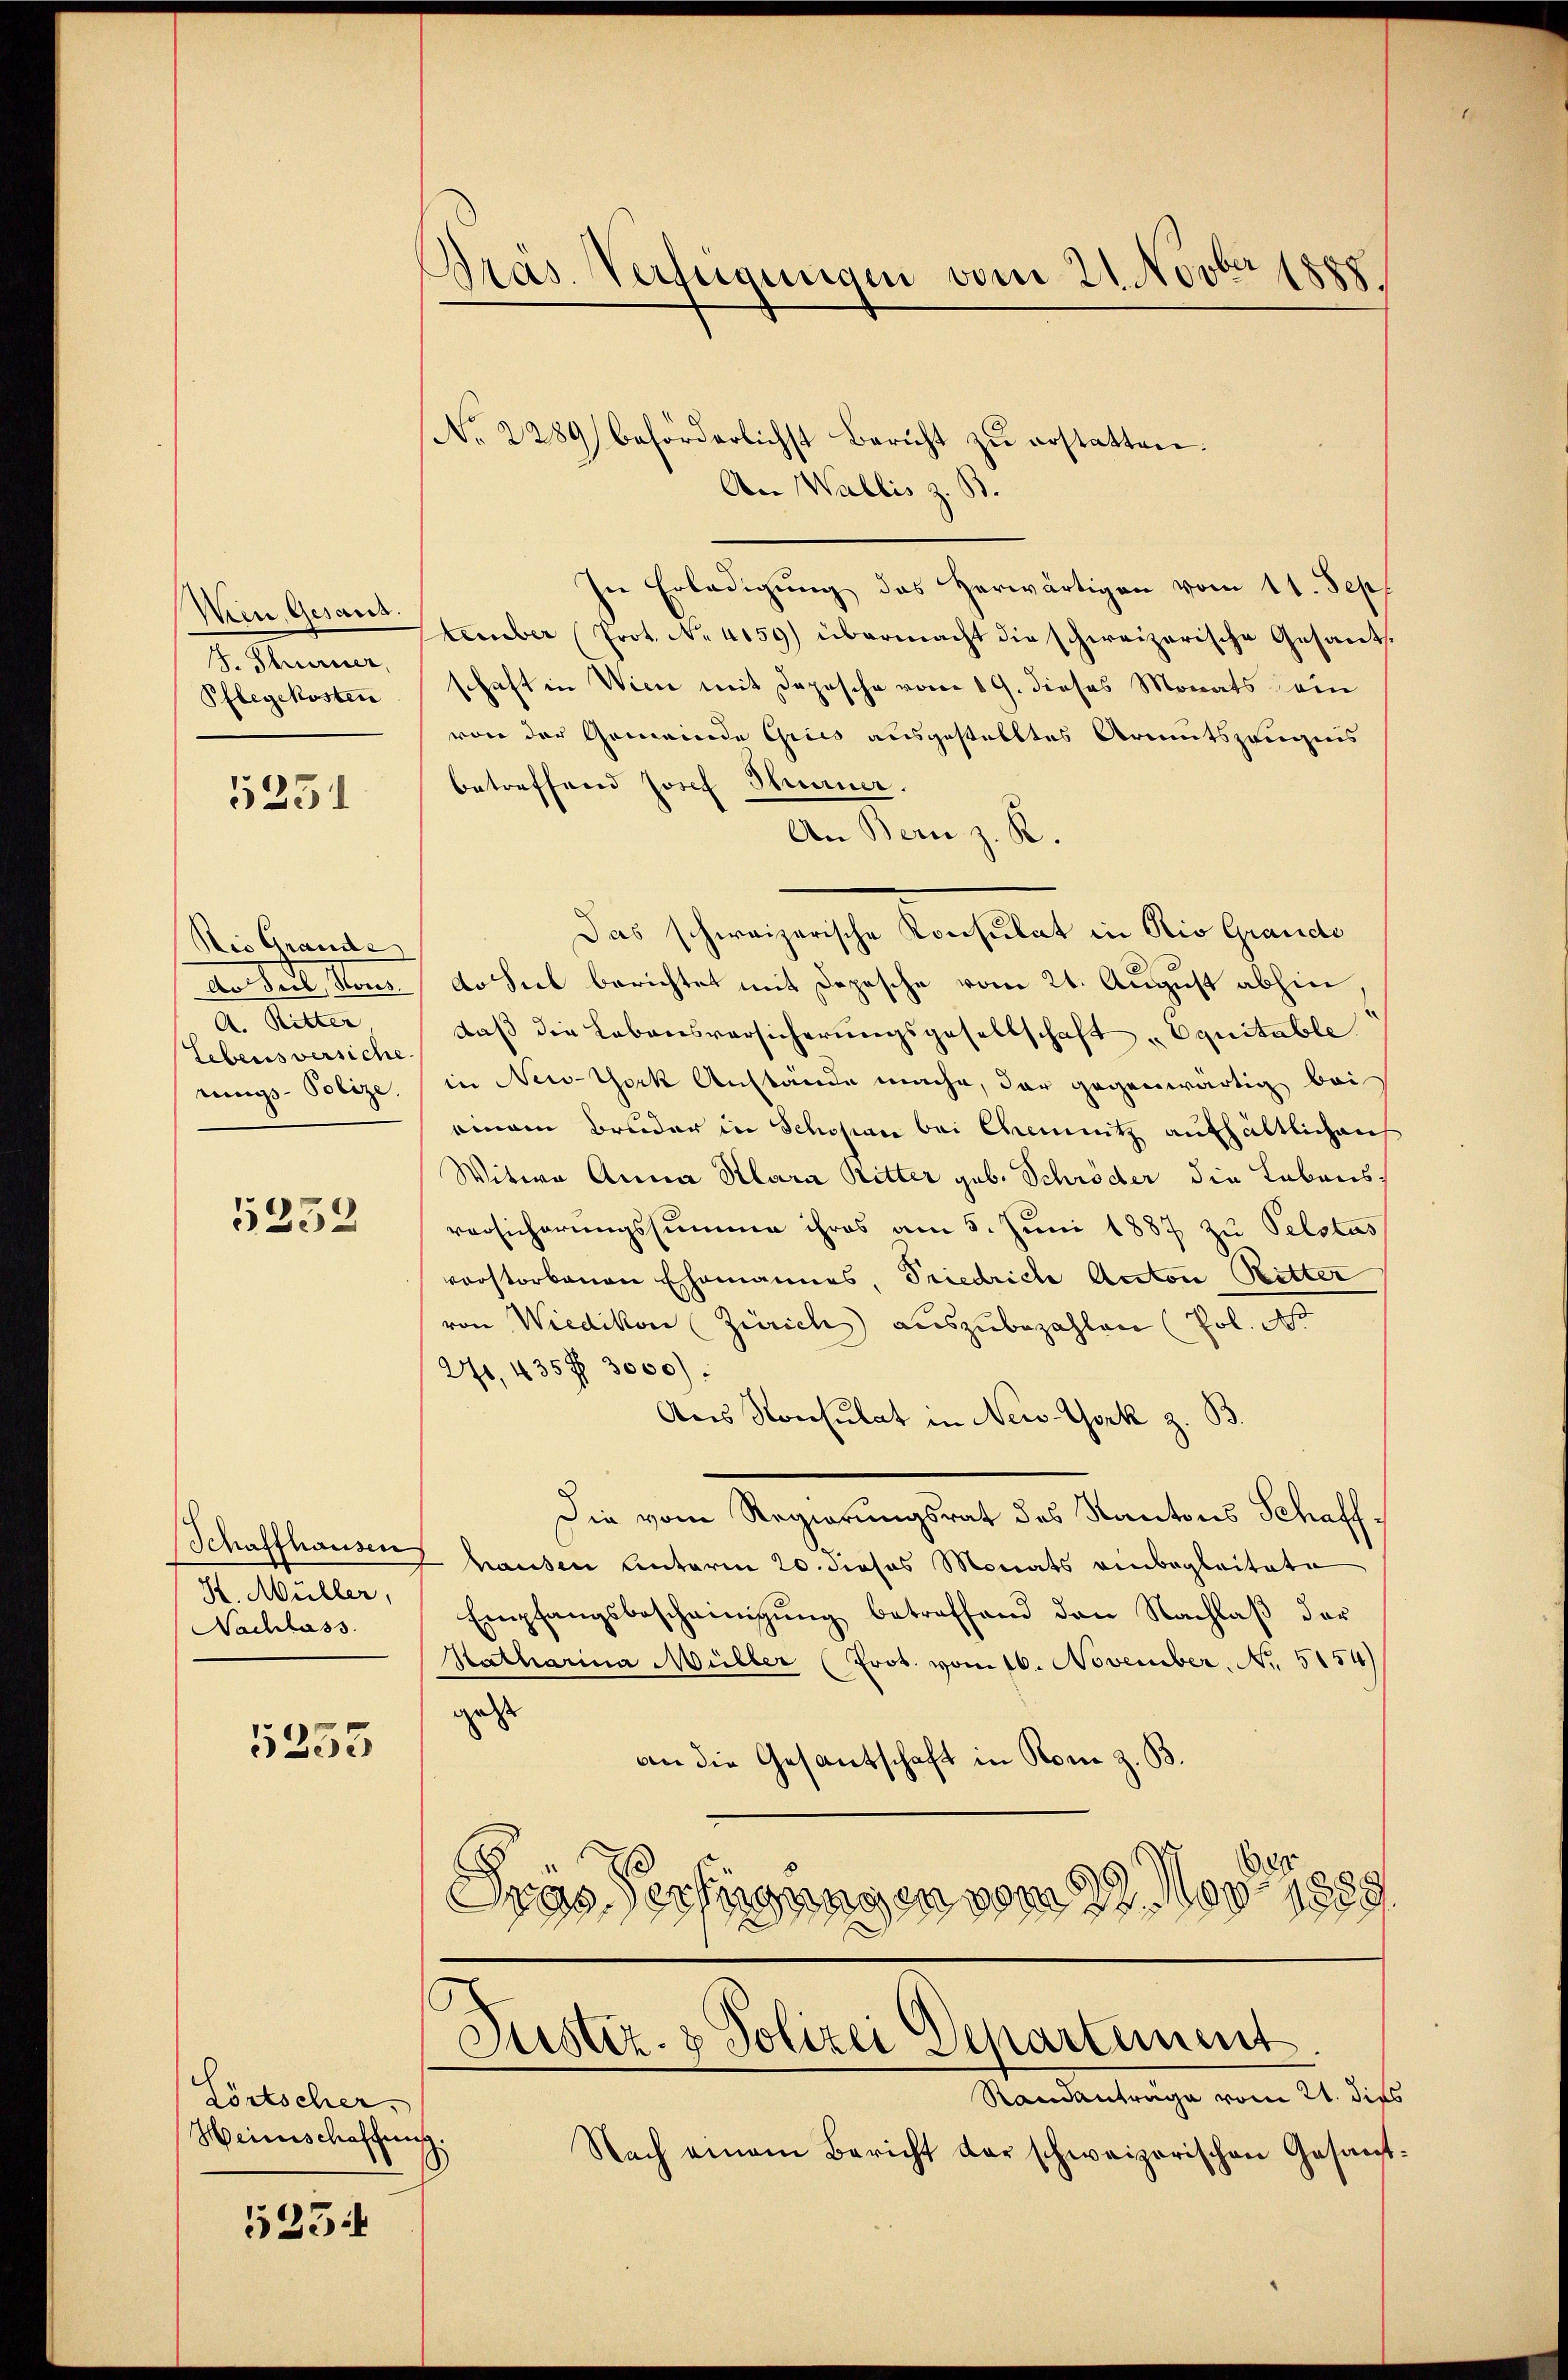
Wein Gesand.
d. Namen
Pflegekosten

5231

Ris Grandes
an teil un
A. Ritter,
Lebensversiche
rungs-Polize

5252

Schaffhausen
H. Müller,
Nachlass

5255

Lörtscher.
Heinschaffung

5254

Präs. Verfügungen vom 21. Novber 1888

No. 2289) behörderlichst Bericht zŭ erstatten.
An Wallis z. B.
In Erledigŭng das herwärtigen vom 11. Sept
Ctember (Prot. No 4159) übermacht die schweizerische Gesants.
schaft in Wien mit Depesche vom 19. dieses Monats kein
von der Gemeinde Gries ausgestelltes Armutszeugnis
betreffend Josef Thurner.
An Bern z. K.
Das schweizerische Konsulat in Rio Grandi
do Sieb berichtet mit Depesche vom 21. August abhin
daß die Lebensversicherungsgesellschaft Equitable
in New-York Anstande mache, der gegenwärtig bei
einem Bruder in Schopen bei Chemnitz aufhältlichens
Witwe Anna Klara Ritter geb. Schröder die Lebensversicherungssumme ihres am 5. Juni 1887 zu Pelstus
vorstorbenen Ehemannes, Friedriche Anton Ritter
von Wiedikon (Zürich auszubezahlen (Pol. A
271, 435 f 3000):
Aus Konsulat in New-York z. B
Die vom Regierungsrat des Kantons Schaffhausen Unterm 20. dieses Monats einbegleitete
Empfangsbeschämigŭng betreffend den Nachlaß der
Hatharina Müller (Prot. vom 16. November, No. 5154)
gest
an die Gesantschaft in Rom z. B.
e
Srys Verfügungen vom 27. Nov. 1889.
Justiz- & Polizei Departement
Randantrage vom 21. dies
Nach einem Bericht der schweizerischen Gesant